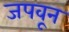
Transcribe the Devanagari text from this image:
जपवून